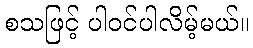
စသဖြင့် ပါဝင်ပါလိမ့်မယ်။